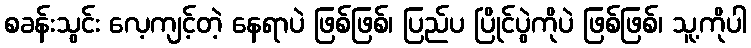
စခန်းသွင်း လေ့ကျင့်တဲ့ နေရာပဲ ဖြစ်ဖြစ်၊ ပြည်ပ ပြိုင်ပွဲကိုပဲ ဖြစ်ဖြစ်၊ သူ့ကိုပါ